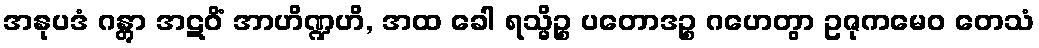
အနုပဒံ ဂန္တွာ အဋဝိံ အာဟိဏ္ဍဟိ, အထ ခေါ ရသ္မိဉ္စ ပတောဒဉ္စ ဂဟေတွာ ဥဇုကမေဝ တေသံ